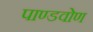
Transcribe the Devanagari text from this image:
पाण्डवोण